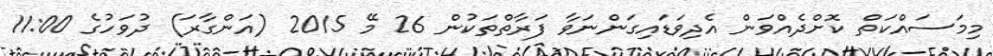
މިމަސައްކަތް ކޮށްދެއްވަން އެދިވަޑައިގަންނަވާ ފަރާތްތަކުން 26 މޭ 2015 (އަންގާރަ) ދުވަހުގެ 11:00